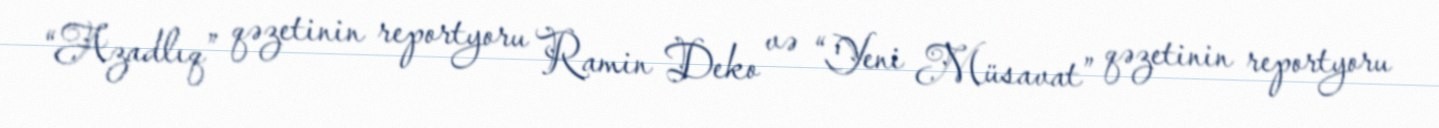
“Azadlıq” qəzetinin reportyoru Ramin Deko və “Yeni Müsavat” qəzetinin reportyoru